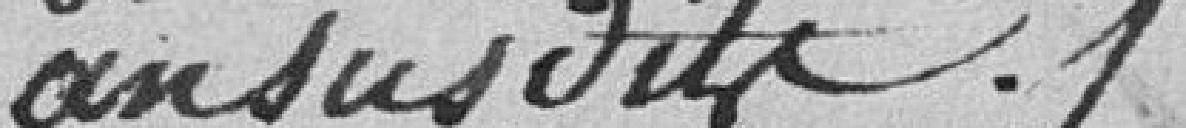
an sus dits.